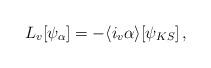
LaTeX: \begin{align*}L_v[\psi_\alpha] = - \langle i_v \alpha \rangle [\psi_{KS}]\,,\end{align*}